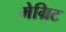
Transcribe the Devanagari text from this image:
मेग्रिट